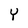
Character: Y